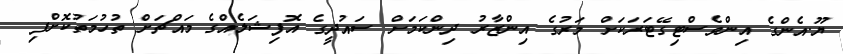
ޔޫ.އެންގެ އިންވެސްޓިގޭޓަރަކަށް މަރުގެ އިންޒާރު ދިންކަމަށް ސައުދީގެ އޮފިޝަލެއްގެ މައްޗަށް ތުހުމަތުކޮށްފި